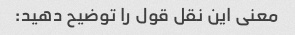
معنی این نقل قول را توضیح دهید: